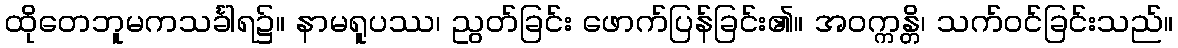
ထိုတေဘူမကသင်္ခါရ၌။ နာမရူပဿ၊ ညွတ်ခြင်း ဖောက်ပြန်ခြင်း၏။ အဝက္ကန္တိ၊ သက်ဝင်ခြင်းသည်။